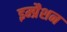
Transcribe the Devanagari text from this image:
इम्प्रैशन